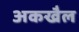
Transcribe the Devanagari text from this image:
अकखैल